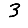
Digit: 3